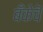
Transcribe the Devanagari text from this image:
बँकेचॆ